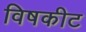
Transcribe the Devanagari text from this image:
विषकीट